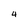
Character: 4